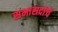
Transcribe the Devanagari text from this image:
सभासदांचें